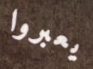
يعبروا